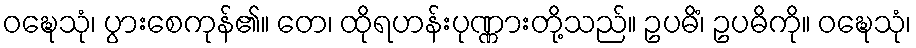
ဝဍ္ဎေသုံ၊ ပွားစေကုန်၏။ တေ၊ ထိုရဟန်းပုဏ္ဏားတို့သည်။ ဥပဓိံ၊ ဥပဓိကို။ ဝဍ္ဎေသုံ၊